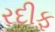
રદીફ